Civil Veterinary Department Bihar & Orissa reports 1922-29 - 1922-1929
Year: 1922
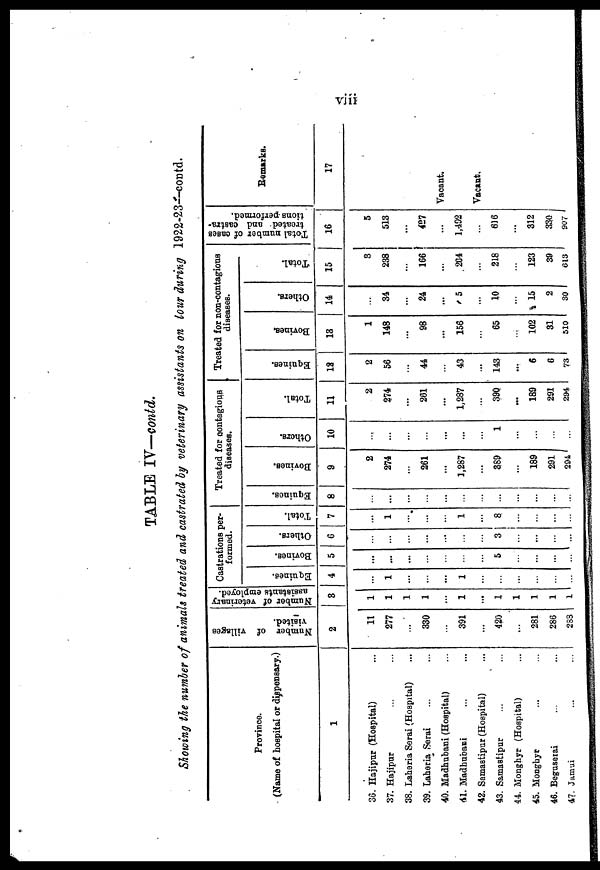
viii.
TABLE IV—contd.
Showing the number of animals treated and castrated by veterinary assistants on tour during 1922-23—contd.
Province.
(Name of hospital or dispensary.)
1
36. Hajipur (Hospital) ...
37. Hajipur ... ...
38. Laheria Serai (Hospital) ...
39. Laheria Serai ... ...
40. Madhubani (Hospital) ... ...
41. Madhubani ... ...
42. Samastipur (Hospital) ... ...
43. Samastipur ... ...
44. Monghyr (Hospital) ...
45. Monghyr ... ...
46. Begruserai ... ...
4?. Jamui ... ...
Nnmber of villages
visited.
2
11
277
...
330
...
391
...
420
...
281
286
233
Number of veterinary
assistants employed.
3
1
1
1
1
...
1
...
1
1
1
1
l
Castrations per-
formed.
Equines.
4
...
1
...
...
...
1
...
...
...
...
...
...
Bovines.
5
...
...
...
...
...
...
...
5
...
...
...
...
Others.
6
...
...
...
...
...
...
...
3
...
...
...
...
Total.
7
...
1
...
...
...
1
...
8
...
...
...
...
Treated for contagious
diseases.
Equines.
8
...
...
...
...
...
...
...
...
...
...
...
...
Bovines.
9
2
274
...
261
...
1,287
...
389
...
189
291
294
Others.
10
...
...
...
...
...
...
...
1
...
...
...
...
Total.
11
2
274
...
261
...
1,287
...
390
...
189
291
294
Treated for non-contagions
diseases.
Equines.
12
2
56
...
44
...
43
...
143
...
6
8
73
Bovines.
13
1
148
...
98
...
156
...
65
...
102
31
510
Others.
14
...
34
...
24
...
5
...
10
...
15
2
30
Total
15
3
238
...
166
...
204
...
218
...
123
39
613
Total number
of cases
treated and castra-
tions
performed.
16
5
513
...
427
...
1,492
...
616
...
312
330
907
Remarks.
17
Vacant.
Vacant.